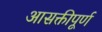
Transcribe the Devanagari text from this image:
आसक्तीपूर्ण